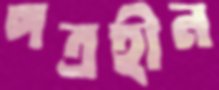
পত্রহীন